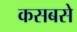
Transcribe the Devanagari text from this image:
कसबसे